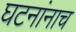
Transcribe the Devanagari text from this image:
घटनांनाच